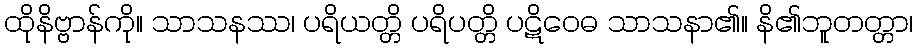
ထိုနိဗ္ဗာန်ကို။ သာသနဿ၊ ပရိယတ္တိ ပရိပတ္တိ ပဋိဝေဓ သာသနာ၏။ နိ၏ဘူတတ္တာ၊